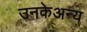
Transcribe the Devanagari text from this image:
उनकेअन्य